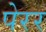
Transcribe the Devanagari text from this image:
पेरर